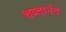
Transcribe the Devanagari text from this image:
शब्दानंद